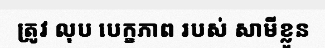
ត្រូវ លុប បេក្ខភាព របស់ សាមីខ្លួន